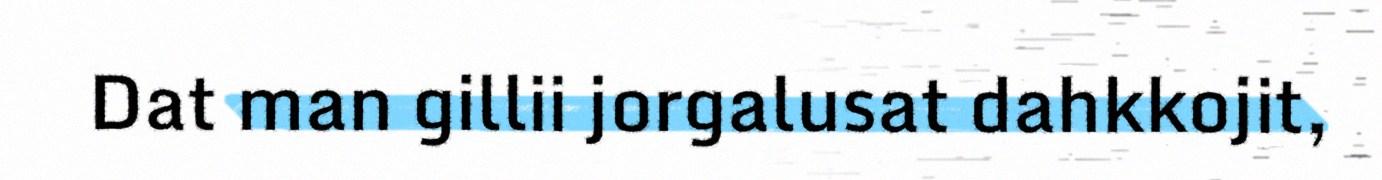
Dat man gillii jorgalusat dahkkojit,